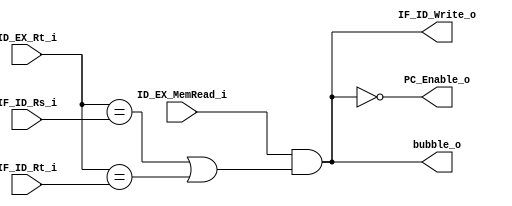
module Hazard_Detection (
  ID_EX_MemRead_i,
  ID_EX_Rt_i,
  IF_ID_Rs_i,
  IF_ID_Rt_i,
  bubble_o,
  IF_ID_Write_o,
  PC_Enable_o
);
input         ID_EX_MemRead_i;
input [4:0]   ID_EX_Rt_i;
input [4:0]   IF_ID_Rs_i;
input [4:0]   IF_ID_Rt_i;
output        bubble_o;
output        IF_ID_Write_o;
output        PC_Enable_o;

wire stall;

assign stall = ID_EX_MemRead_i &
               ((ID_EX_Rt_i == IF_ID_Rs_i) |
                (ID_EX_Rt_i == IF_ID_Rt_i));
assign bubble_o = stall;
assign IF_ID_Write_o = stall;
assign PC_Enable_o = ~stall;

endmodule